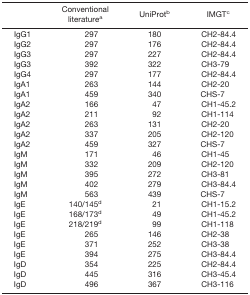
|  | Conventional literaturea | UniProtb | IMGTc |
 | --- | --- | --- | --- |
 | IgG1 | 297 | 180 | CH2-84.4 |
 | IgG2 | 297 | 176 | CH2-84.4 |
 | IgG3 | 297 | 227 | CH2-84.4 |
 | IgG3 | 392 | 322 | CH3-79 |
 | IgG4 | 297 | 177 | CH2-84.4 |
 | IgA1 | 263 | 144 | CH2-20 |
 | IgA1 | 459 | 340 | CHS-7 |
 | IgA2 | 166 | 47 | CH1-45.2 |
 | IgA2 | 211 | 92 | CH1-114 |
 | IgA2 | 263 | 131 | CH2-20 |
 | IgA2 | 337 | 205 | CH2-120 |
 | IgA2 | 459 | 327 | CHS-7 |
 | IgM | 171 | 46 | CH1-45 |
 | IgM | 332 | 209 | CH2-120 |
 | IgM | 395 | 272 | CH3-81 |
 | IgM | 402 | 279 | CH3-84.4 |
 | IgM | 563 | 439 | CHS-7 |
 | IgE | 140/145d | 21 | CH1-15.2 |
 | IgE | 168/173d | 49 | CH1-45.2 |
 | IgE | 218/219d | 99 | CH1-118 |
 | IgE | 265 | 146 | CH2-38 |
 | IgE | 371 | 252 | CH3-38 |
 | IgE | 394 | 275 | CH3-84.4 |
 | IgD | 354 | 225 | CH2-84.4 |
 | IgD | 445 | 316 | CH3-45.4 |
 | IgD | 496 | 367 | CH3-116 |